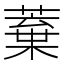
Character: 𮑒